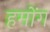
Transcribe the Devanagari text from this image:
हमोंग